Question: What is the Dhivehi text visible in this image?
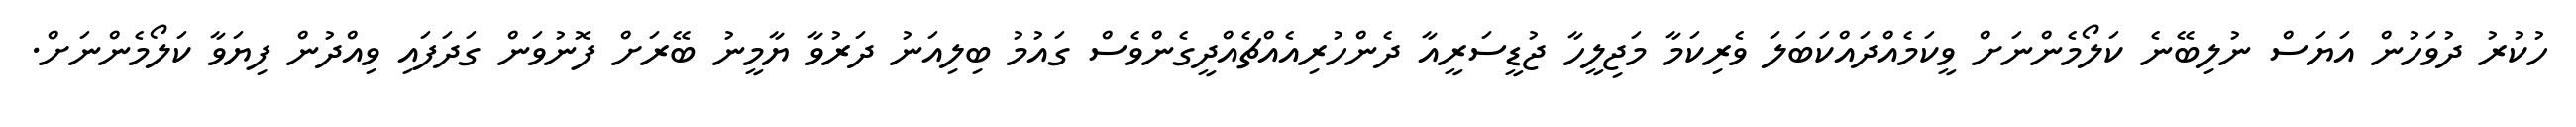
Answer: ހުކުރު ދުވަހުން އަޔަސް ނުލިބޭނެ ކަލޯމެންނަށް ވީކަމެއްދައްކަބަލަ ވެރިކަމާ މަޖިލީހާ ޖުޑީސަރީއާ ދެންހުރިއެއްޗެއްދީގެންވެސް ގައުމު ބިލިއަނު ދަރުވާ ޔާމީނު ބޭރަށް ފޮނުވަން ގަދަފައި ވިއްދުން ފިޔަވާ ކަލޯމެންނަށް.